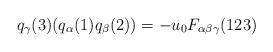
LaTeX: \begin{align*}q_{\gamma}(3) (q_{\alpha}(1) q_{\beta}(2)) = -u_{0} F_{\alpha \beta \gamma}(123)\end{align*}